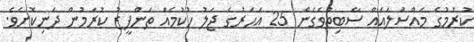
ކުރުމުގެ މައްސަލައެއް ސާބިތުވެގެން 25 އަހަރުގެ ޖަލު ހުކުމެއް ތަންފީޒު ކުރަމުން ދަނިކޮށެވެ.